Indian journal of veterinary science and animal husbandry - Volume 4,
Year: 1934
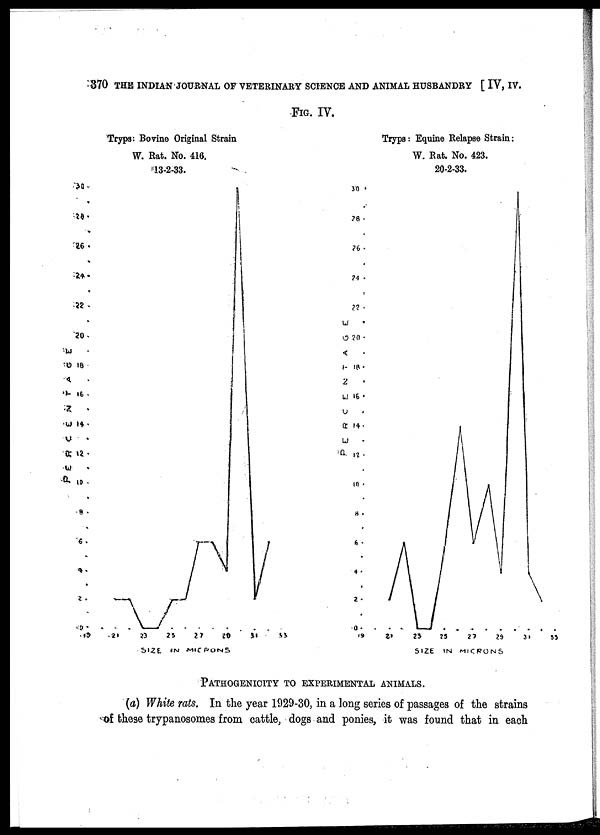
370 THE INDIAN JOURNAL OF VETERINARY SCIENCE AND ANIMAL HUSBANDRY [ IV, IV.
FIG. IV.
PATHOGENICITY TO EXPERIMENTAL ANIMALS.
(a) White rats. In the year 1929-30, in a long series of passages of the strains
of these trypanosomes from cattle, dogs and ponies, it was found that in each